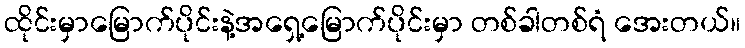
ထိုင်းမှာမြောက်ပိုင်းနဲ့အရှေ့မြောက်ပိုင်းမှာ တစ်ခါတစ်ရံ အေးတယ်။